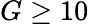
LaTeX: G\geq 10